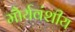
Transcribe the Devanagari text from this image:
मौर्यवंशीय